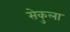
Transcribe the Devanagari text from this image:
सेकुला